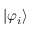
| \varphi _ { i } \rangle